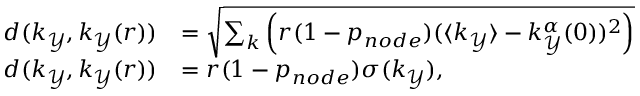
\begin{array} { r l } { d ( k _ { \mathcal { Y } } , k _ { \mathcal { Y } } ( r ) ) } & { = \sqrt { \sum _ { k } \left( r ( 1 - p _ { n o d e } ) ( \langle k _ { \mathcal { Y } } \rangle - k _ { \mathcal { Y } } ^ { \alpha } ( 0 ) ) ^ { 2 } \right) } } \\ { d ( k _ { \mathcal { Y } } , k _ { \mathcal { Y } } ( r ) ) } & { = r ( 1 - p _ { n o d e } ) \sigma ( k _ { \mathcal { Y } } ) , } \end{array}